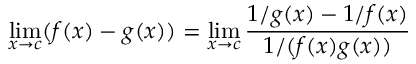
\operatorname* { l i m } _ { x \to c } ( f ( x ) - g ( x ) ) = \operatorname* { l i m } _ { x \to c } { \frac { 1 / g ( x ) - 1 / f ( x ) } { 1 / ( f ( x ) g ( x ) ) } }